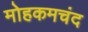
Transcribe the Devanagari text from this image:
मोहकमचंद